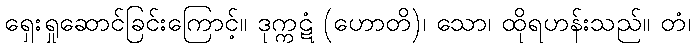
ရှေးရှုဆောင်ခြင်းကြောင့်။ ဒုက္ကဋံ (ဟောတိ)၊ သော၊ ထိုရဟန်းသည်။ တံ၊